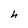
Character: h